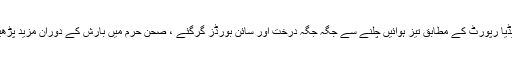
میڈیا رپورٹ کے مطابق تیز ہوائیں چلنے سے جگہ جگہ درخت اور سائن بورڈز گرگئے ، صحن حرم میں بارش کے دوران مزید پڑھیں